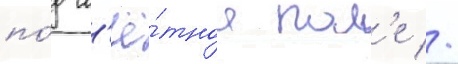
по́д л'ё́тное пол'е //